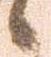
候